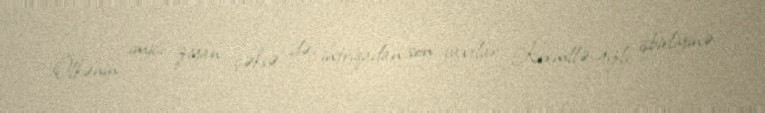
Ölkənin imici ziyan çəksə də, intriqadan son vaxtlar Kremllə gizli işbirliyinə